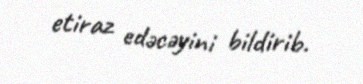
etiraz edəcəyini bildirib.